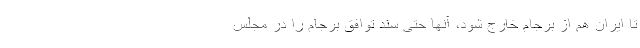
تا ایران هم از برجام خارج شود، آنها حتی سند توافق برجام را در مجلس